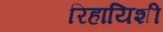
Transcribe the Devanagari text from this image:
रिहायिशी